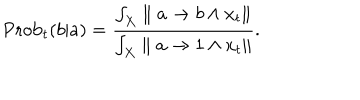
LaTeX: \mathrm { P r o b } _ { t } ( b | a ) = { \frac { \int _ { X } \parallel a \rightarrow b \wedge x _ { t } \parallel } { \int _ { X } \parallel a \rightarrow 1 \wedge x _ { t } \parallel } } .